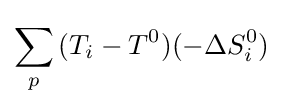
\sum _{p}^{}{(T_{i}-T^{0})(-\Delta S_{i}^{0})}